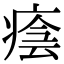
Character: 𤷜